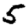
Digit: 5